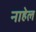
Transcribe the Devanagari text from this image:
नाहेल